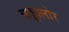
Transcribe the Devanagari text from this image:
कड्डालोर